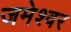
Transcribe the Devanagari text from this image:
जमेश्वर